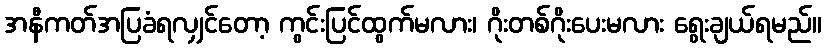
အနီကတ်အပြခံရလျှင်တော့ ကွင်းပြင်ထွက်မလား၊ ဂိုးတစ်ဂိုးပေးမလား ရွေးချယ်ရမည်။